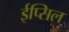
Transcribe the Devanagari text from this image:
ईप्सिल